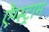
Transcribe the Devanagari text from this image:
ऐंग्स्ट्राम